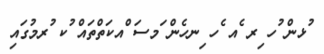
ުޅން ުހ ިރ ެއ ެހ ިނހެން ަމސަ ްއކަތްތައް ުކ ުރމުގައި